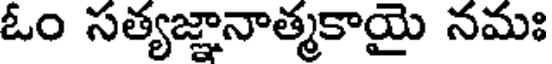
ఓం సత్యజ్ఞానాత్మకాయై నమః